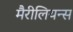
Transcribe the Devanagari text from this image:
मैरीलियन्स